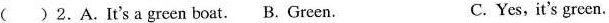
( ) 2.A.It's a green boat. B. Green. C. Yes,it's green.